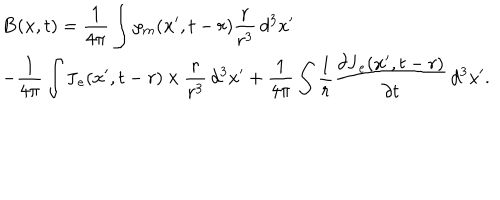
LaTeX: \begin{array} { l } { { \mathbf { B } ( \mathbf { x } , t ) = \displaystyle \frac { 1 } { 4 \pi } \int \rho _ { m } ( \mathbf { x } ^ { \prime } , t - r ) \frac { \mathbf { r } } { r ^ { 3 } } \, d ^ { 3 } x ^ { \prime } \ } } \\ { { - \displaystyle \frac { 1 } { 4 \pi } \int \mathbf { J } _ { e } ( \mathbf { x } ^ { \prime } , t - r ) \, { \bf \times } \, \frac { \mathbf { r } } { r ^ { 3 } } \, d ^ { 3 } x ^ { \prime } + \displaystyle \frac { 1 } { 4 \pi } \int \frac { 1 } { r } \frac { \partial \mathbf { J } _ { e } ( \mathbf { x } ^ { \prime } , t - r ) } { \partial t } \, d ^ { 3 } x ^ { \prime } . } } \\ \end{array}